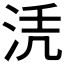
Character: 𱦖